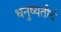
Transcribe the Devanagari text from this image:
धनुष्यतीर्थ